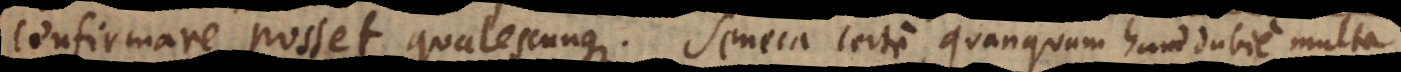
confirmare posset qualescunque? Seneca certe, quanquam haud dubie multa